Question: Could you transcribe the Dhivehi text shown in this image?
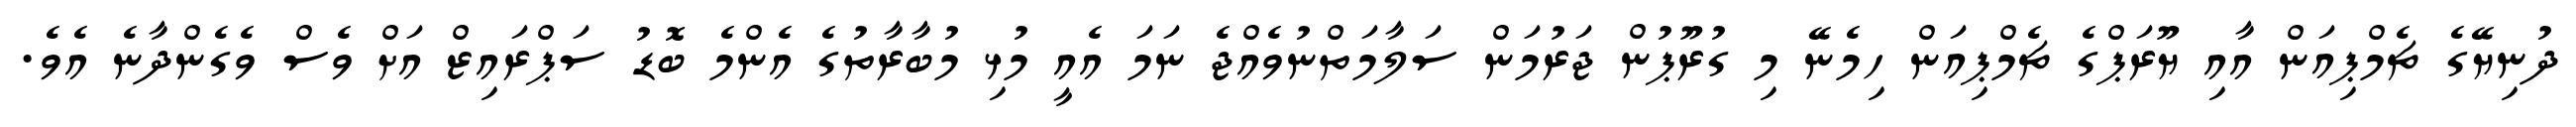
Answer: ދުނިޔޭގެ ޗެމްޕިއަން އާއި ޔޫރަޕްގެ ޗެމްޕިއަން ހިމެނޭ މި ގުރޫޕުން ޖަރުމަން ސަލާމަތްނުވެއްޖެ ނަމަ އެއީ މުޅި މުބާރާތުގެ އެންމެ ބޮޑު ސަޕްރައިޒް އަށް ވެސް ވެގެންދާނެ އެވެ.